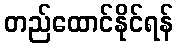
တည်ထောင်နိုင်ရန်